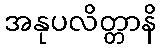
အနုပလိတ္တာနိ